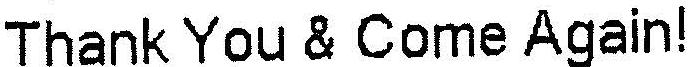
THANK YOU & COME AGAIN!